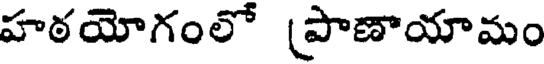
హఠయోగంలో (పాణాయామం